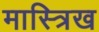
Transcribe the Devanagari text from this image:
मास्त्रिख